Problem: 42 + 20 = ?
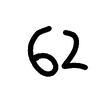
Handwritten answer: 62